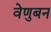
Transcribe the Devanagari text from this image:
वेणुबन